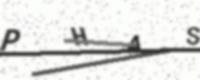
Text: PHAS